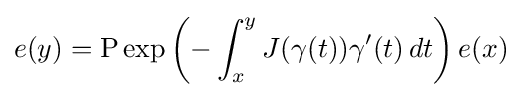
e(y)=\operatorname {P} \exp \left(-\int _{x}^{y}J(\gamma (t))\gamma '(t)\,dt\right)e(x)